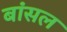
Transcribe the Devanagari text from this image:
बांसल